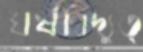
ঘর্ষবিদ্যুত্